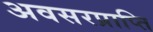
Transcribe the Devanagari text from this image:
अवसरप्राप्ति